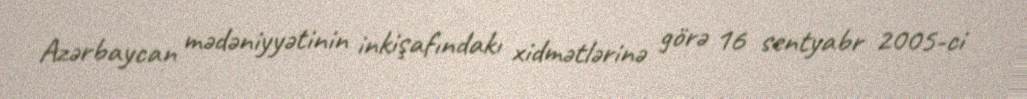
Azərbaycan mədəniyyətinin inkişafındakı xidmətlərinə görə 16 sentyabr 2005-ci